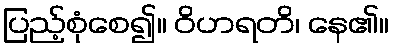
ပြည့်စုံစေ၍။ ဝိဟရတိ၊ နေ၏။